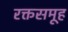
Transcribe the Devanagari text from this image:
रक्तसमूह